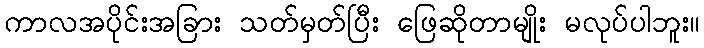
ကာလအပိုင်းအခြား သတ်မှတ်ပြီး ဖြေဆိုတာမျိုး မလုပ်ပါဘူး။